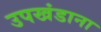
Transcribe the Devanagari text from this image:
उपखंडाना